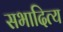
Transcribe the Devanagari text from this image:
सभादित्य